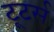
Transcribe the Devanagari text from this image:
टूटर्स